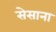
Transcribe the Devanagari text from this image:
सेसाना